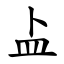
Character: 盀